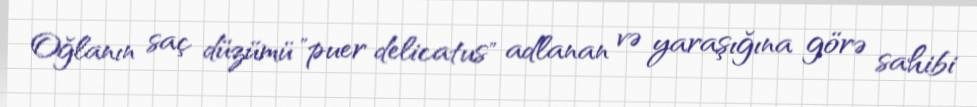
Oğlanın saç düzümü "puer delicatus" adlanan və yaraşığına görə sahibi